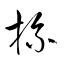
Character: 杯